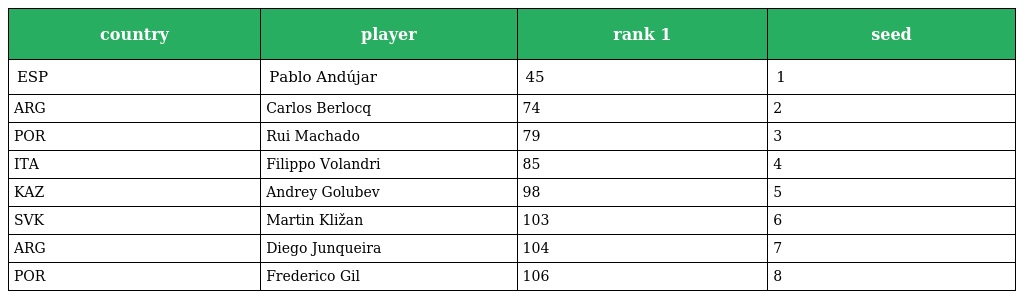
| country | player | rank 1 | seed |
 | --- | --- | --- | --- |
 | ESP | Pablo Andújar | 45 | 1 |
 | ARG | Carlos Berlocq | 74 | 2 |
 | POR | Rui Machado | 79 | 3 |
 | ITA | Filippo Volandri | 85 | 4 |
 | KAZ | Andrey Golubev | 98 | 5 |
 | SVK | Martin Kližan | 103 | 6 |
 | ARG | Diego Junqueira | 104 | 7 |
 | POR | Frederico Gil | 106 | 8 |